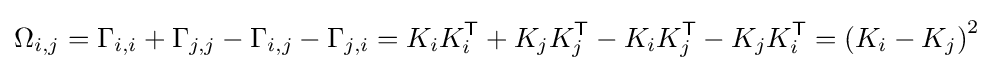
\Omega _{i,j}=\Gamma _{i,i}+\Gamma _{j,j}-\Gamma _{i,j}-\Gamma _{j,i}=K_{i}K_{i}^{\textsf {T}}+K_{j}K_{j}^{\textsf {T}}-K_{i}K_{j}^{\textsf {T}}-K_{j}K_{i}^{\textsf {T}}=\left(K_{i}-K_{j}\right)^{2}